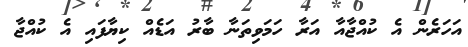
އަހަރެން އެ ކުއްޖާއާ އަރާ ހަމަވިތަނާ ބާރު އަޑެއް ކިޔާފައި އެ ކުއްޖާ